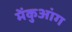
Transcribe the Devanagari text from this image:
मेंकुआंग